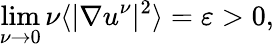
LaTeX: \operatorname*{lim}_{\nu\to 0}\nu\langle|\nabla u^{\nu}|^{2}\rangle=\varepsilon>0,